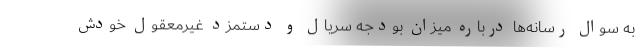
به سوال رسانه‌ها درباره میزان بودجه سریال و دستمزد غیرمعقول خودش